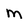
Character: m